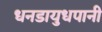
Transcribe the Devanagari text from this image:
धनडायुधपानी